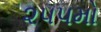
૨૫૫મો